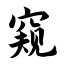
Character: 窥